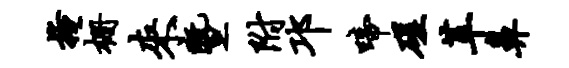
掩栅来暨附邛啼磋革鼻